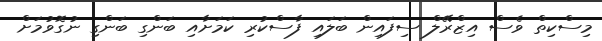
މިސްކިތް ވެސް އިޒްރޭލް ސިފައިން ބަލައި ފާސްކުރި ކަމަށާއި ބަންގި ބަންގި ނުގޮވުމަށް